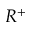
R ^ { + }